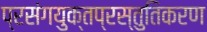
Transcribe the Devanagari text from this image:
प्रसंगयुक्तप्रस्तुतिकरण